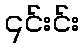
၎င်းင်း